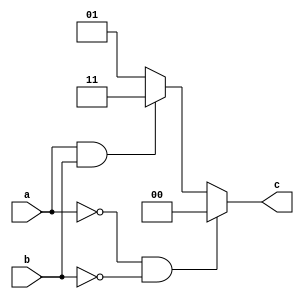
module last(a,b,c);

input a,b;
output [1:0]c;
reg [1:0]c;

always@(a,b)

begin

if((a==0)&&(b==0))
c = 2'b00;
else if((a==1)&&(b==1))
c = 2'b11;
else
c = 2'b01;

end 
endmodule